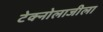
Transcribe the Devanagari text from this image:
टेक्नोलाजीला